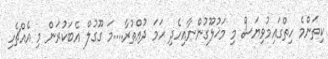
ކިތަންމެ ހިތްގައިމުވިޔަސް މި މަޚުލޫގުންނާއިހެދި ހަމަ ދުއްތުރާ....މަ ގޫގުލް އެބަކުރަން މި އެއްޗެހި